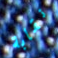
نقابة